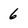
Character: 6